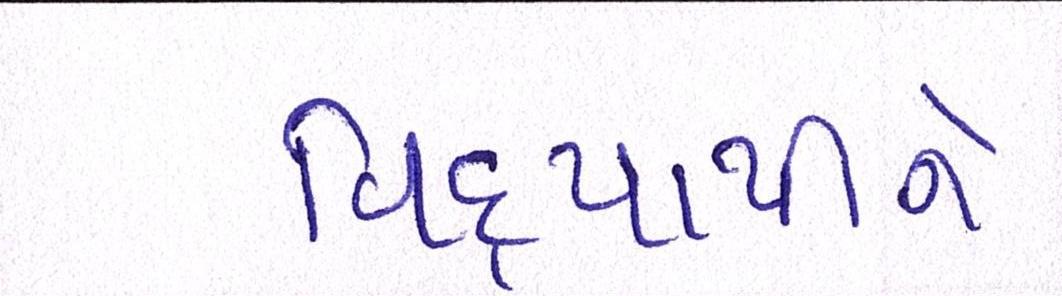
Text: વિદ્યાર્થીને